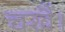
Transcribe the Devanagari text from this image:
चखैं।